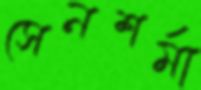
সেনশর্মা